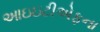
આઇઇટીએફના